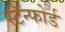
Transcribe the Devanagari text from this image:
स्टॅन्फोर्ड